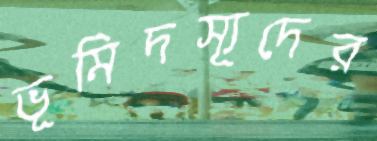
ভূমিদস্যূদের